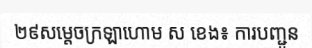
២៩សម្តេចក្រឡាហោម ស ខេង៖ ការបញ្ជូន